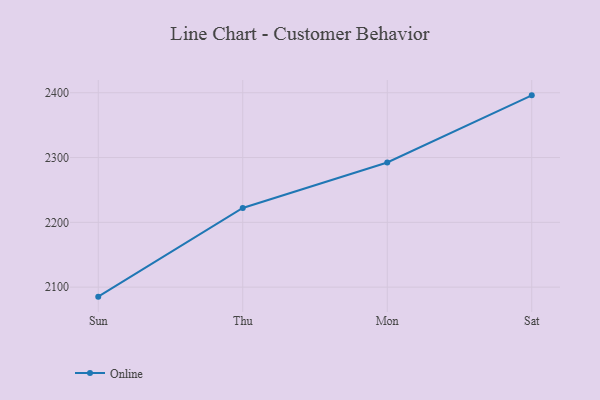
{"axis": {"x": "Day", "y": "Inventory Turnover"}, "legend": ["Online"], "data": [{"x": "Sun", "y": 2085.3, "type": "Online"}, {"x": "Thu", "y": 2222.2, "type": "Online"}, {"x": "Mon", "y": 2292.4, "type": "Online"}, {"x": "Sat", "y": 2396.0, "type": "Online"}]}